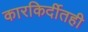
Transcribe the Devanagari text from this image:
कारकिर्दीतही